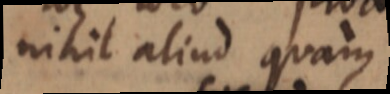
nihil aliud quam